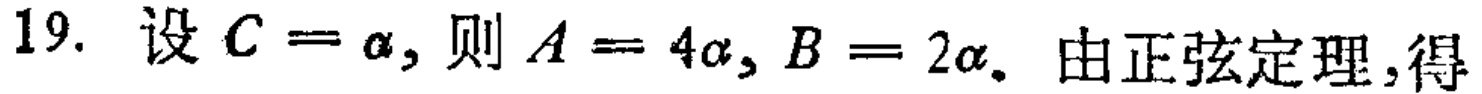
19. 设 \(C = \alpha\)，则 \(A = 4\alpha\)，\(B = 2\alpha\)。由正弦定理，得